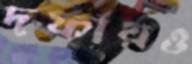
দফায়ও